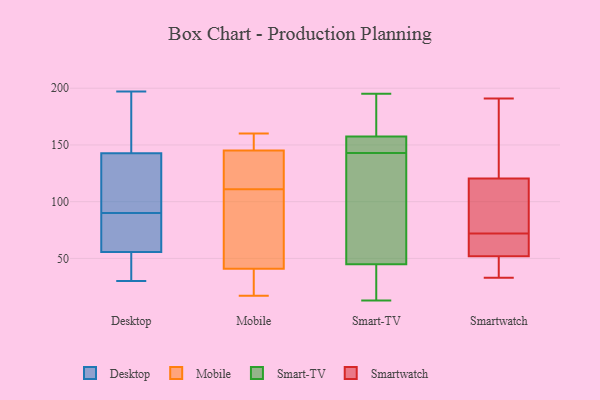
{"axis": {"x": "Temperature (°C)", "y": "Value"}, "legend": ["Desktop", "Mobile", "Smart-TV", "Smartwatch"], "data": [{"x": "", "y": 148, "type": "Desktop"}, {"x": "", "y": 90, "type": "Desktop"}, {"x": "", "y": 57, "type": "Desktop"}, {"x": "", "y": 197, "type": "Desktop"}, {"x": "", "y": 82, "type": "Desktop"}, {"x": "", "y": 191, "type": "Desktop"}, {"x": "", "y": 120, "type": "Desktop"}, {"x": "", "y": 30, "type": "Desktop"}, {"x": "", "y": 40, "type": "Desktop"}, {"x": "", "y": 39, "type": "Desktop"}, {"x": "", "y": 72, "type": "Desktop"}, {"x": "", "y": 109, "type": "Desktop"}, {"x": "", "y": 141, "type": "Desktop"}, {"x": "", "y": 76, "type": "Desktop"}, {"x": "", "y": 97, "type": "Desktop"}, {"x": "", "y": 151, "type": "Desktop"}, {"x": "", "y": 52, "type": "Desktop"}, {"x": "", "y": 153, "type": "Mobile"}, {"x": "", "y": 110, "type": "Mobile"}, {"x": "", "y": 123, "type": "Mobile"}, {"x": "", "y": 19, "type": "Mobile"}, {"x": "", "y": 40, "type": "Mobile"}, {"x": "", "y": 160, "type": "Mobile"}, {"x": "", "y": 64, "type": "Mobile"}, {"x": "", "y": 105, "type": "Mobile"}, {"x": "", "y": 118, "type": "Mobile"}, {"x": "", "y": 145, "type": "Mobile"}, {"x": "", "y": 41, "type": "Mobile"}, {"x": "", "y": 17, "type": "Mobile"}, {"x": "", "y": 112, "type": "Mobile"}, {"x": "", "y": 149, "type": "Mobile"}, {"x": "", "y": 195, "type": "Smart-TV"}, {"x": "", "y": 143, "type": "Smart-TV"}, {"x": "", "y": 13, "type": "Smart-TV"}, {"x": "", "y": 101, "type": "Smart-TV"}, {"x": "", "y": 158, "type": "Smart-TV"}, {"x": "", "y": 156, "type": "Smart-TV"}, {"x": "", "y": 153, "type": "Smart-TV"}, {"x": "", "y": 190, "type": "Smart-TV"}, {"x": "", "y": 53, "type": "Smart-TV"}, {"x": "", "y": 17, "type": "Smart-TV"}, {"x": "", "y": 42, "type": "Smart-TV"}, {"x": "", "y": 100, "type": "Smartwatch"}, {"x": "", "y": 191, "type": "Smartwatch"}, {"x": "", "y": 72, "type": "Smartwatch"}, {"x": "", "y": 126, "type": "Smartwatch"}, {"x": "", "y": 104, "type": "Smartwatch"}, {"x": "", "y": 46, "type": "Smartwatch"}, {"x": "", "y": 33, "type": "Smartwatch"}, {"x": "", "y": 49, "type": "Smartwatch"}, {"x": "", "y": 61, "type": "Smartwatch"}, {"x": "", "y": 72, "type": "Smartwatch"}, {"x": "", "y": 139, "type": "Smartwatch"}]}